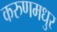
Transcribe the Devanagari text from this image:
करुणमधुर